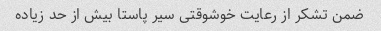
ضمن تشکر از رعایت خوشوقتی سیر پاستا بیش از حد زیاده